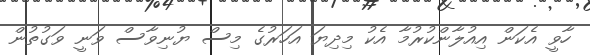
ހާވީ އެކަން އިއުލާންކުރުމާ އެކު މިދިޔަ އަހަރުގެ މިސް ޔުނިވާސް ވަނީ ވަގުތުން